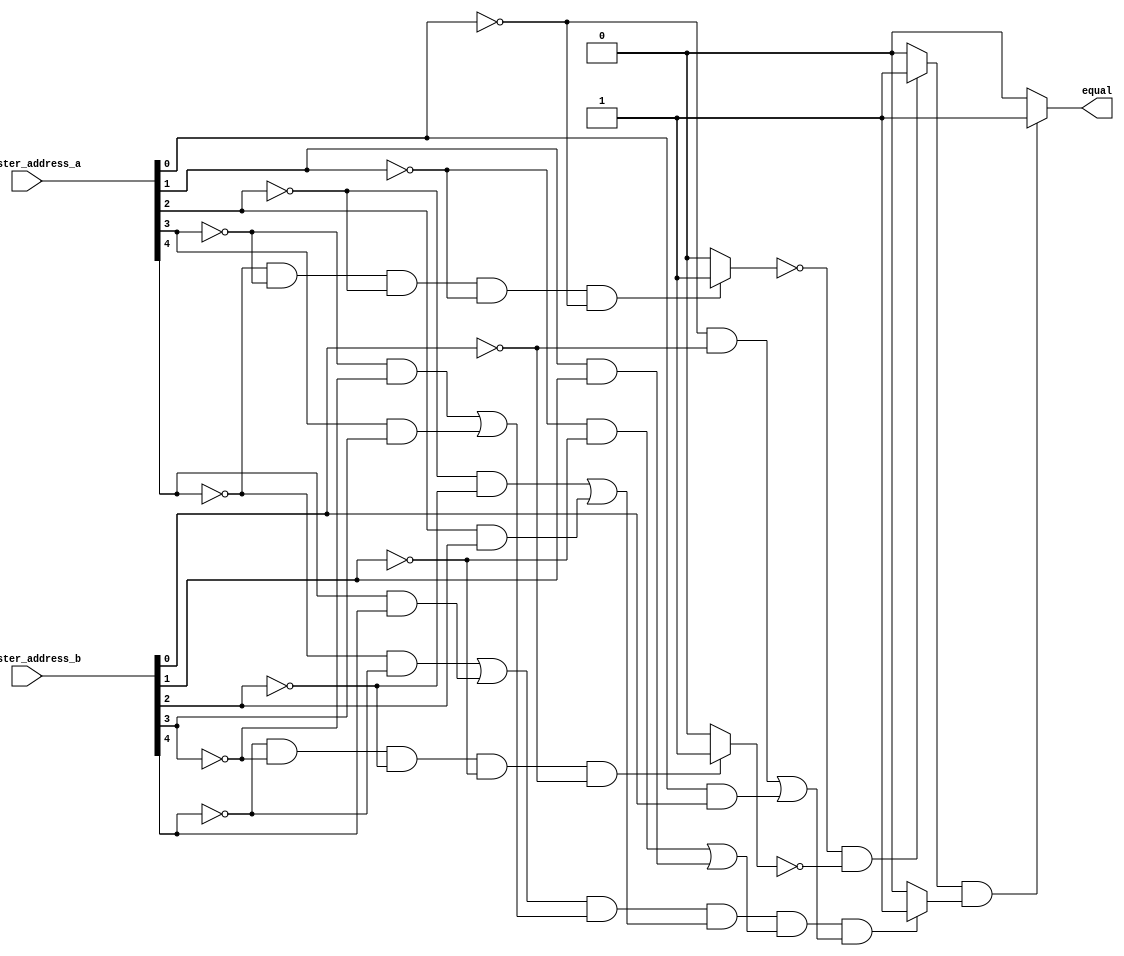
module register_comparator(
    register_address_a,
    register_address_b,
    equal
);
    /* Port Declarations */
        input [4:0] register_address_a, register_address_b;
        output equal;

    /* Compare Each Bit */
        wire [4:0] bit_comparison_result;
        genvar bit_index;
        generate
            for(bit_index = 0; bit_index < 5; bit_index = bit_index + 1) begin: bit_comparisons 
                assign bit_comparison_result[bit_index] = 
                    (~register_address_a[bit_index] && ~register_address_b[bit_index]) || 
                    (register_address_a[bit_index] && register_address_b[bit_index]);
            end
        endgenerate
		  
    /* Determine If Register is $r0 or Not */
		  assign a_is_zero = (	
				~register_address_a[4] && ~register_address_a[3] && 
				~register_address_a[2] && ~register_address_a[1] &&
				~register_address_a[0]
		  ) ? 1'b1 : 1'b0;
		  
		  assign b_is_zero = (	
				~register_address_b[4] && ~register_address_b[3] && 
				~register_address_b[2] && ~register_address_b[1] &&
				~register_address_b[0]
		  ) ? 1'b1 : 1'b0;
		 
		  assign not_zero = (~a_is_zero && ~b_is_zero) ? 1'b1 : 1'b0;
		  
	/* Determine if Equal or Not */
        assign bits_same = (
            bit_comparison_result[4] && bit_comparison_result[3] &&
            bit_comparison_result[2] && bit_comparison_result[1] &&
            bit_comparison_result[0]
        ) ? 1'b1 : 1'b0;
		  
		  assign equal = (not_zero && bits_same) ? 1'b1 : 1'b0;
        
endmodule